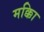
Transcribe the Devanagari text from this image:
मक्काि